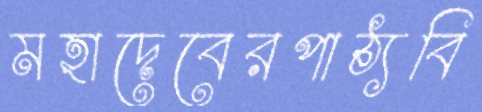
মহাদেবেরপাঠ্যবি